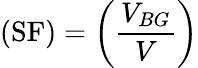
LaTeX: (\mathrm{SF})=\left(\frac{V_{BG}}{V}\right)